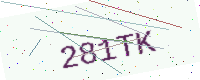
Text: 281TK